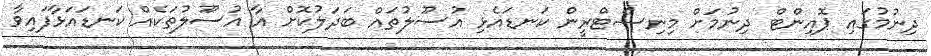
ދިނުމުގައި ޕޮއިންޓް ދިނުމަށް މިނިސްޓްރީން ކަނޑައެޅި އުުސޫލުތައް ބަދަލުކޮށް އާ އުސޫލުތަކެއް ކަނޑައަޅާފައިވާ